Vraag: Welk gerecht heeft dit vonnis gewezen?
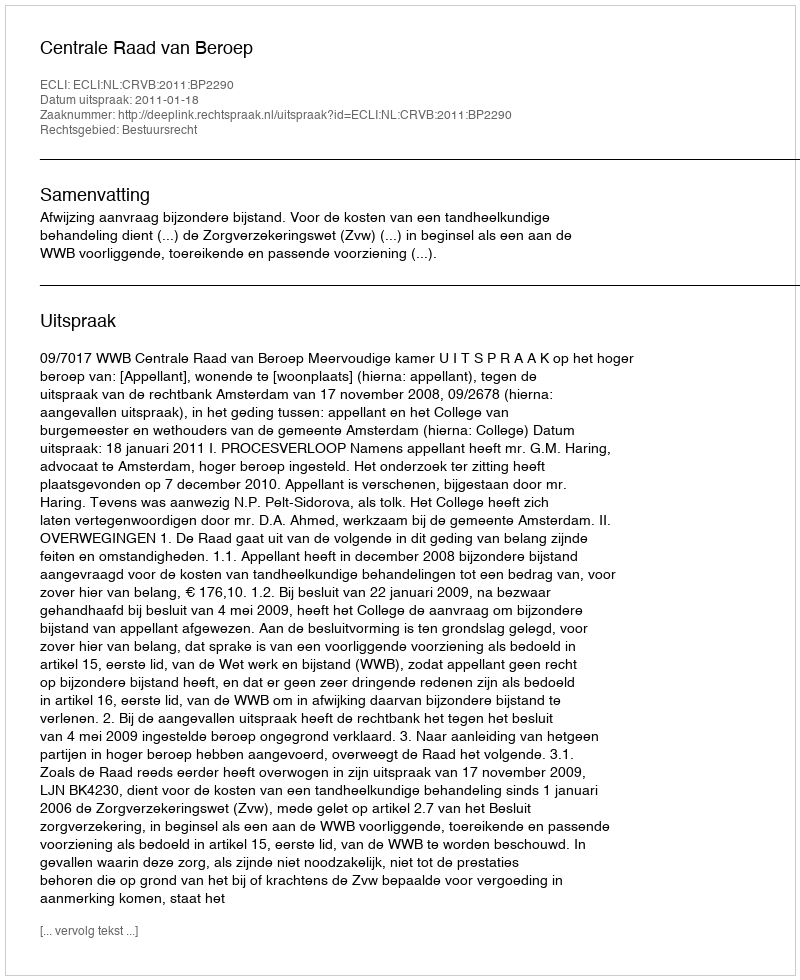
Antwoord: Centrale Raad van Beroep